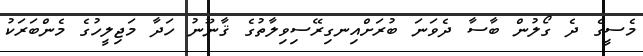
މެސީގެ ދެ ގޯލުން ބާސާ ދެވަނަ ބުރަށްއިނގިރޭސިވިލާތުގެ ޤާނޫނު ހަދާ މަޖިލީހުގެ މެންބަރަކު